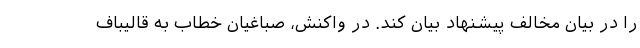
را در بیان مخالف پیشنهاد بیان کند. در واکنش، صباغیان خطاب به قالیباف